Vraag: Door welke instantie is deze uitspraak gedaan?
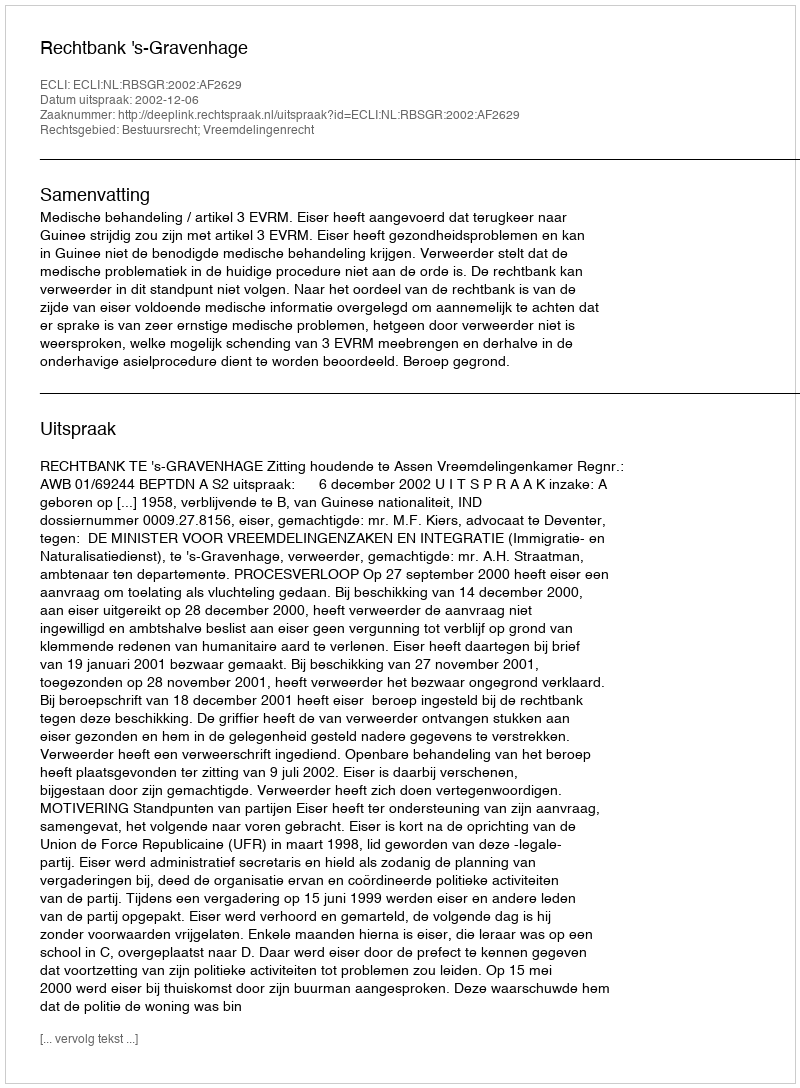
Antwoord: Rechtbank 's-Gravenhage